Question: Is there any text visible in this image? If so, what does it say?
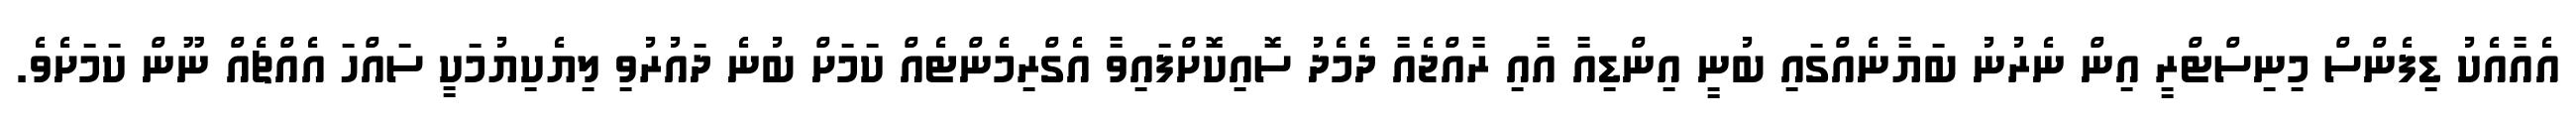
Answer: އެއާއެކު ޑިފެންސް މިނިސްޓްރީ އިން ނެރުނު ބަޔާނެއްގައި ބުނީ އިންޑިއާ އާއި ރާއްޖެއާ ދެމެދު ސޮއިކޮށްފައިވާ އެގްރިމެންޓެއް ކަމަށް ބުނެ ދައުރުވި ލިޔެކިޔުމަކީ ސައްހަ އެއްޗެއް ނޫން ކަމަށެވެ.